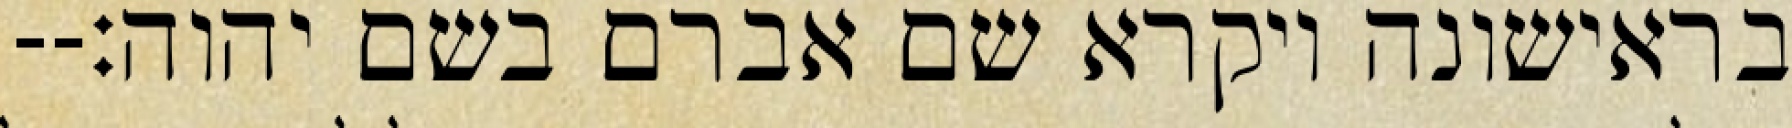
בראישונה ויקרא שם אברם בשם יהוה׃--